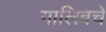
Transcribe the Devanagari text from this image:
गालिबचे